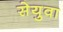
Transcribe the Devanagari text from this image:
सेयुवा